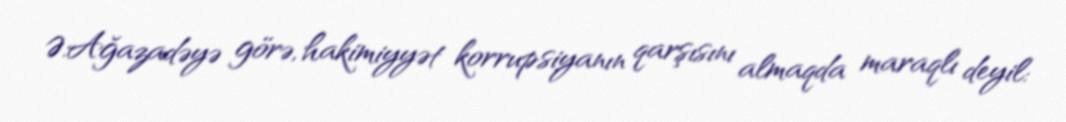
Ə.Ağazadəyə görə, hakimiyyət korrupsiyanın qarşısını almaqda maraqlı deyil: